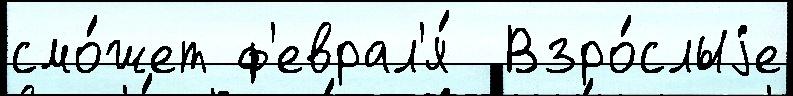
смо́жет ф'еврал'я́  Взро́слыjе